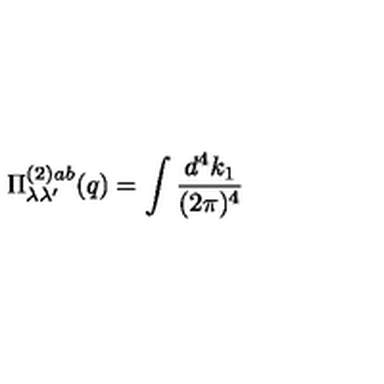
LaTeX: \Pi _ { \lambda \lambda ^ { \prime } } ^ { ( 2 ) a b } ( q ) = \int \frac { d ^ { 4 } k _ { 1 } } { ( 2 \pi ) ^ { 4 } }